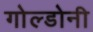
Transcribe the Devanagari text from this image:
गोल्डोनी